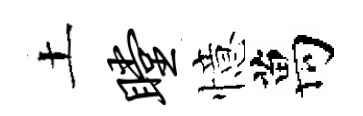
土瞠憶萬